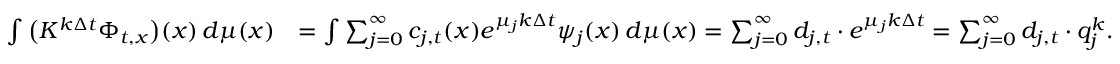
\begin{array} { r l } { \int \big ( K ^ { k \Delta t } \Phi _ { t , x } \big ) ( x ) \, d \mu ( x ) } & { = \int \sum _ { j = 0 } ^ { \infty } c _ { j , t } ( x ) e ^ { \mu _ { j } k \Delta t } \psi _ { j } ( x ) \, d \mu ( x ) = \sum _ { j = 0 } ^ { \infty } d _ { j , t } \cdot e ^ { \mu _ { j } k \Delta t } = \sum _ { j = 0 } ^ { \infty } d _ { j , t } \cdot q _ { j } ^ { k } . } \end{array}